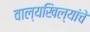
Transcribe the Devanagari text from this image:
वाल्यखिल्यांचे